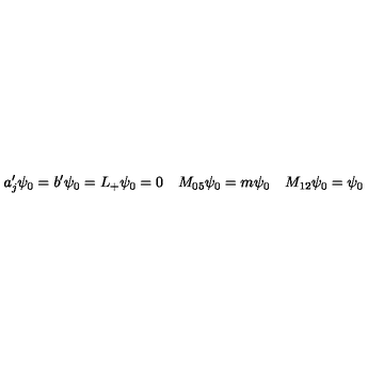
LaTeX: a _ { j } ^ { \prime } \psi _ { 0 } = b ^ { \prime } \psi _ { 0 } = L _ { + } \psi _ { 0 } = 0 \quad M _ { 0 5 } \psi _ { 0 } = m \psi _ { 0 } \quad M _ { 1 2 } \psi _ { 0 } = \psi _ { 0 }